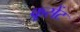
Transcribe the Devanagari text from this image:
क्रूसेंट